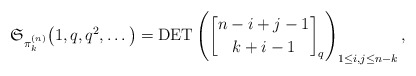
\begin{gather*}\mathfrak{S}_{\pi_{k}^{(n)}}\big(1,q,q^2,\ldots\big)= \operatorname{DET} \left({n-i+j-1 \brack k+i-1 }_{q} \right)_{1 \le i,j \le n-k},\end{gather*}